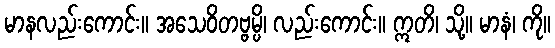
မာနလည်းကောင်း။ အသေဝိတဗ္ဗမ္ပိ၊ လည်းကောင်း။ ဣတိ၊ သို့။ မာနံ၊ ကို။